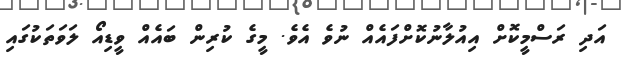
އަދި ރަސްމީކޮށް އިއުލާނުކޮށްފައެއް ނުވެ އެވެ. މީގެ ކުރިން ބައެއް ވީޑިއޯ ލަވަތަކުގައި